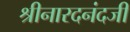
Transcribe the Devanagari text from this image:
श्रीनारदनंदजी